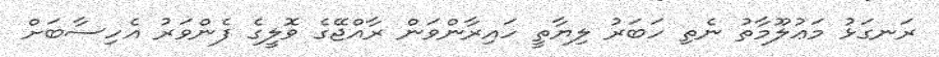
ރަނގަޅު މަޢުލޫމާތު ނެތި ހަބަރު ލިޔާތީ ހައިރާންވަން ރާއްޖޭގެ ވޮލީގެ ފެންވަރު އެހިސާބަށް